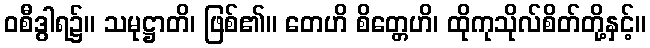
ဝစီဒွါရ၌။ သမုဋ္ဌာတိ၊ ဖြစ်၏။ တေဟိ စိတ္တေဟိ၊ ထိုကုသိုလ်စိတ်တို့နှင့်။